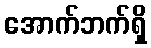
အောက်ဘက်ရှိ